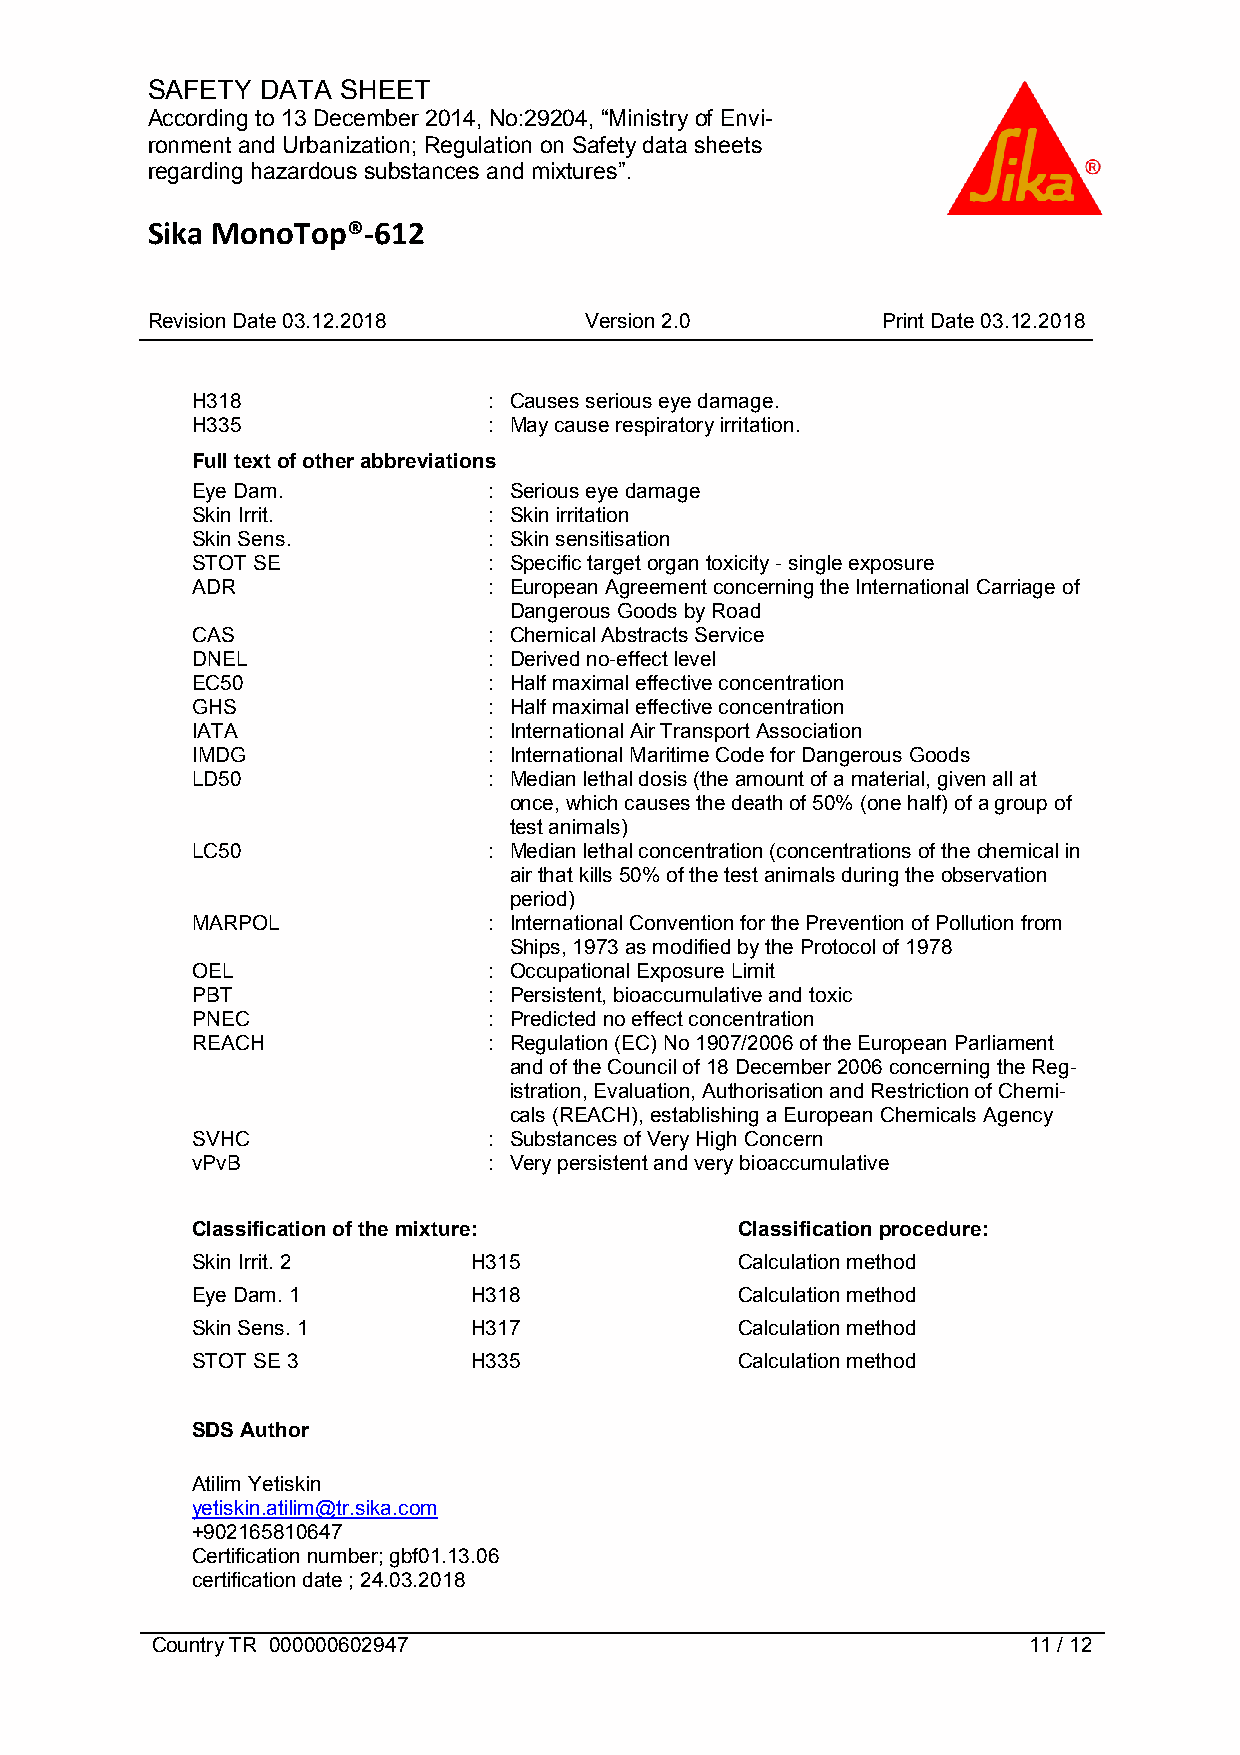
SAFETY DATA  SHEET
 According to 13 December 2014, No:29204, “Ministry of Envi-
 ronment and Urbanization; Regulation on Safety data sheets
 regarding hazardous substances and mixtures”.
 Sika MonoTop®-612
 Revision Date 03.12.2018     Version 2.0        Print Date 03.12.2018
 H318               : Causes serious eye damage.
 H335               : May cause respiratory irritation.
 Full text of other abbreviations
 Eye Dam.           : Serious eye damage
 Skin Irrit.        : Skin irritation
 Skin Sens.         : Skin sensitisation
 STOT SE            : Specific target organ toxicity - single exposure
 ADR                : European Agreement concerning the International Carriage of
 Dangerous Goods by Road
 CAS                : Chemical Abstracts Service
 DNEL               : Derived no-effect level
 EC50               : Half maximal effective concentration
 GHS                : Half maximal effective concentration
 IATA               : International Air Transport Association
 IMDG               : International Maritime Code for Dangerous Goods
 LD50               : Median lethal dosis (the amount of a material, given all at
 once, which causes the death of 50% (one half) of a group of
 test animals)
 LC50               : Median lethal concentration (concentrations of the chemical in
 air that kills 50% of the test animals during the observation
 period)
 MARPOL             : International Convention for the Prevention of Pollution from
 Ships, 1973 as modified by the Protocol of 1978
 OEL                : Occupational Exposure Limit
 PBT                : Persistent, bioaccumulative and toxic
 PNEC               : Predicted no effect concentration
 REACH              : Regulation (EC) No 1907/2006 of the European Parliament
 and of the Council of 18 December 2006 concerning the Reg-
 istration, Evaluation, Authorisation and Restriction of Chemi-
 cals (REACH), establishing a European Chemicals Agency
 SVHC               : Substances of Very High Concern
 vPvB               : Very persistent and very bioaccumulative
 Classification of the mixture:      Classification procedure:
 Skin Irrit. 2     H315              Calculation method
 Eye Dam. 1        H318              Calculation method
 Skin Sens. 1      H317              Calculation method
 STOT SE 3         H335              Calculation method
 SDS Author
 Atilim Yetiskin
 yetiskin.atilim@tr.sika.com
 +902165810647
 Certification number; gbf01.13.06
 certification date ; 24.03.2018
 Country TR 000000602947                                   11 / 12